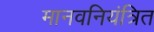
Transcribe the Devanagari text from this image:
मानवनियंत्रित